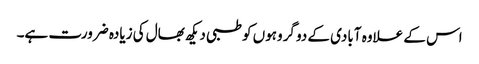
اس کے علاوہ آبادی کے دو گروہوں کو طبی دیکھ بھال کی زیادہ ضرورت ہے۔